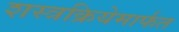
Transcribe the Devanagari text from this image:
शस्त्रक्रियेमार्फत